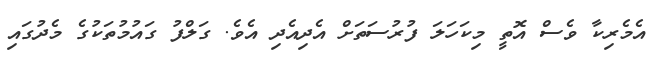
އެމެރިކާ ވެސް އޮތީ މިކަހަލަ ފުރުސަތަށް އެދިއެދި އެވެ. ގަލްފު ގައުމުތަކުގެ މެދުގައި